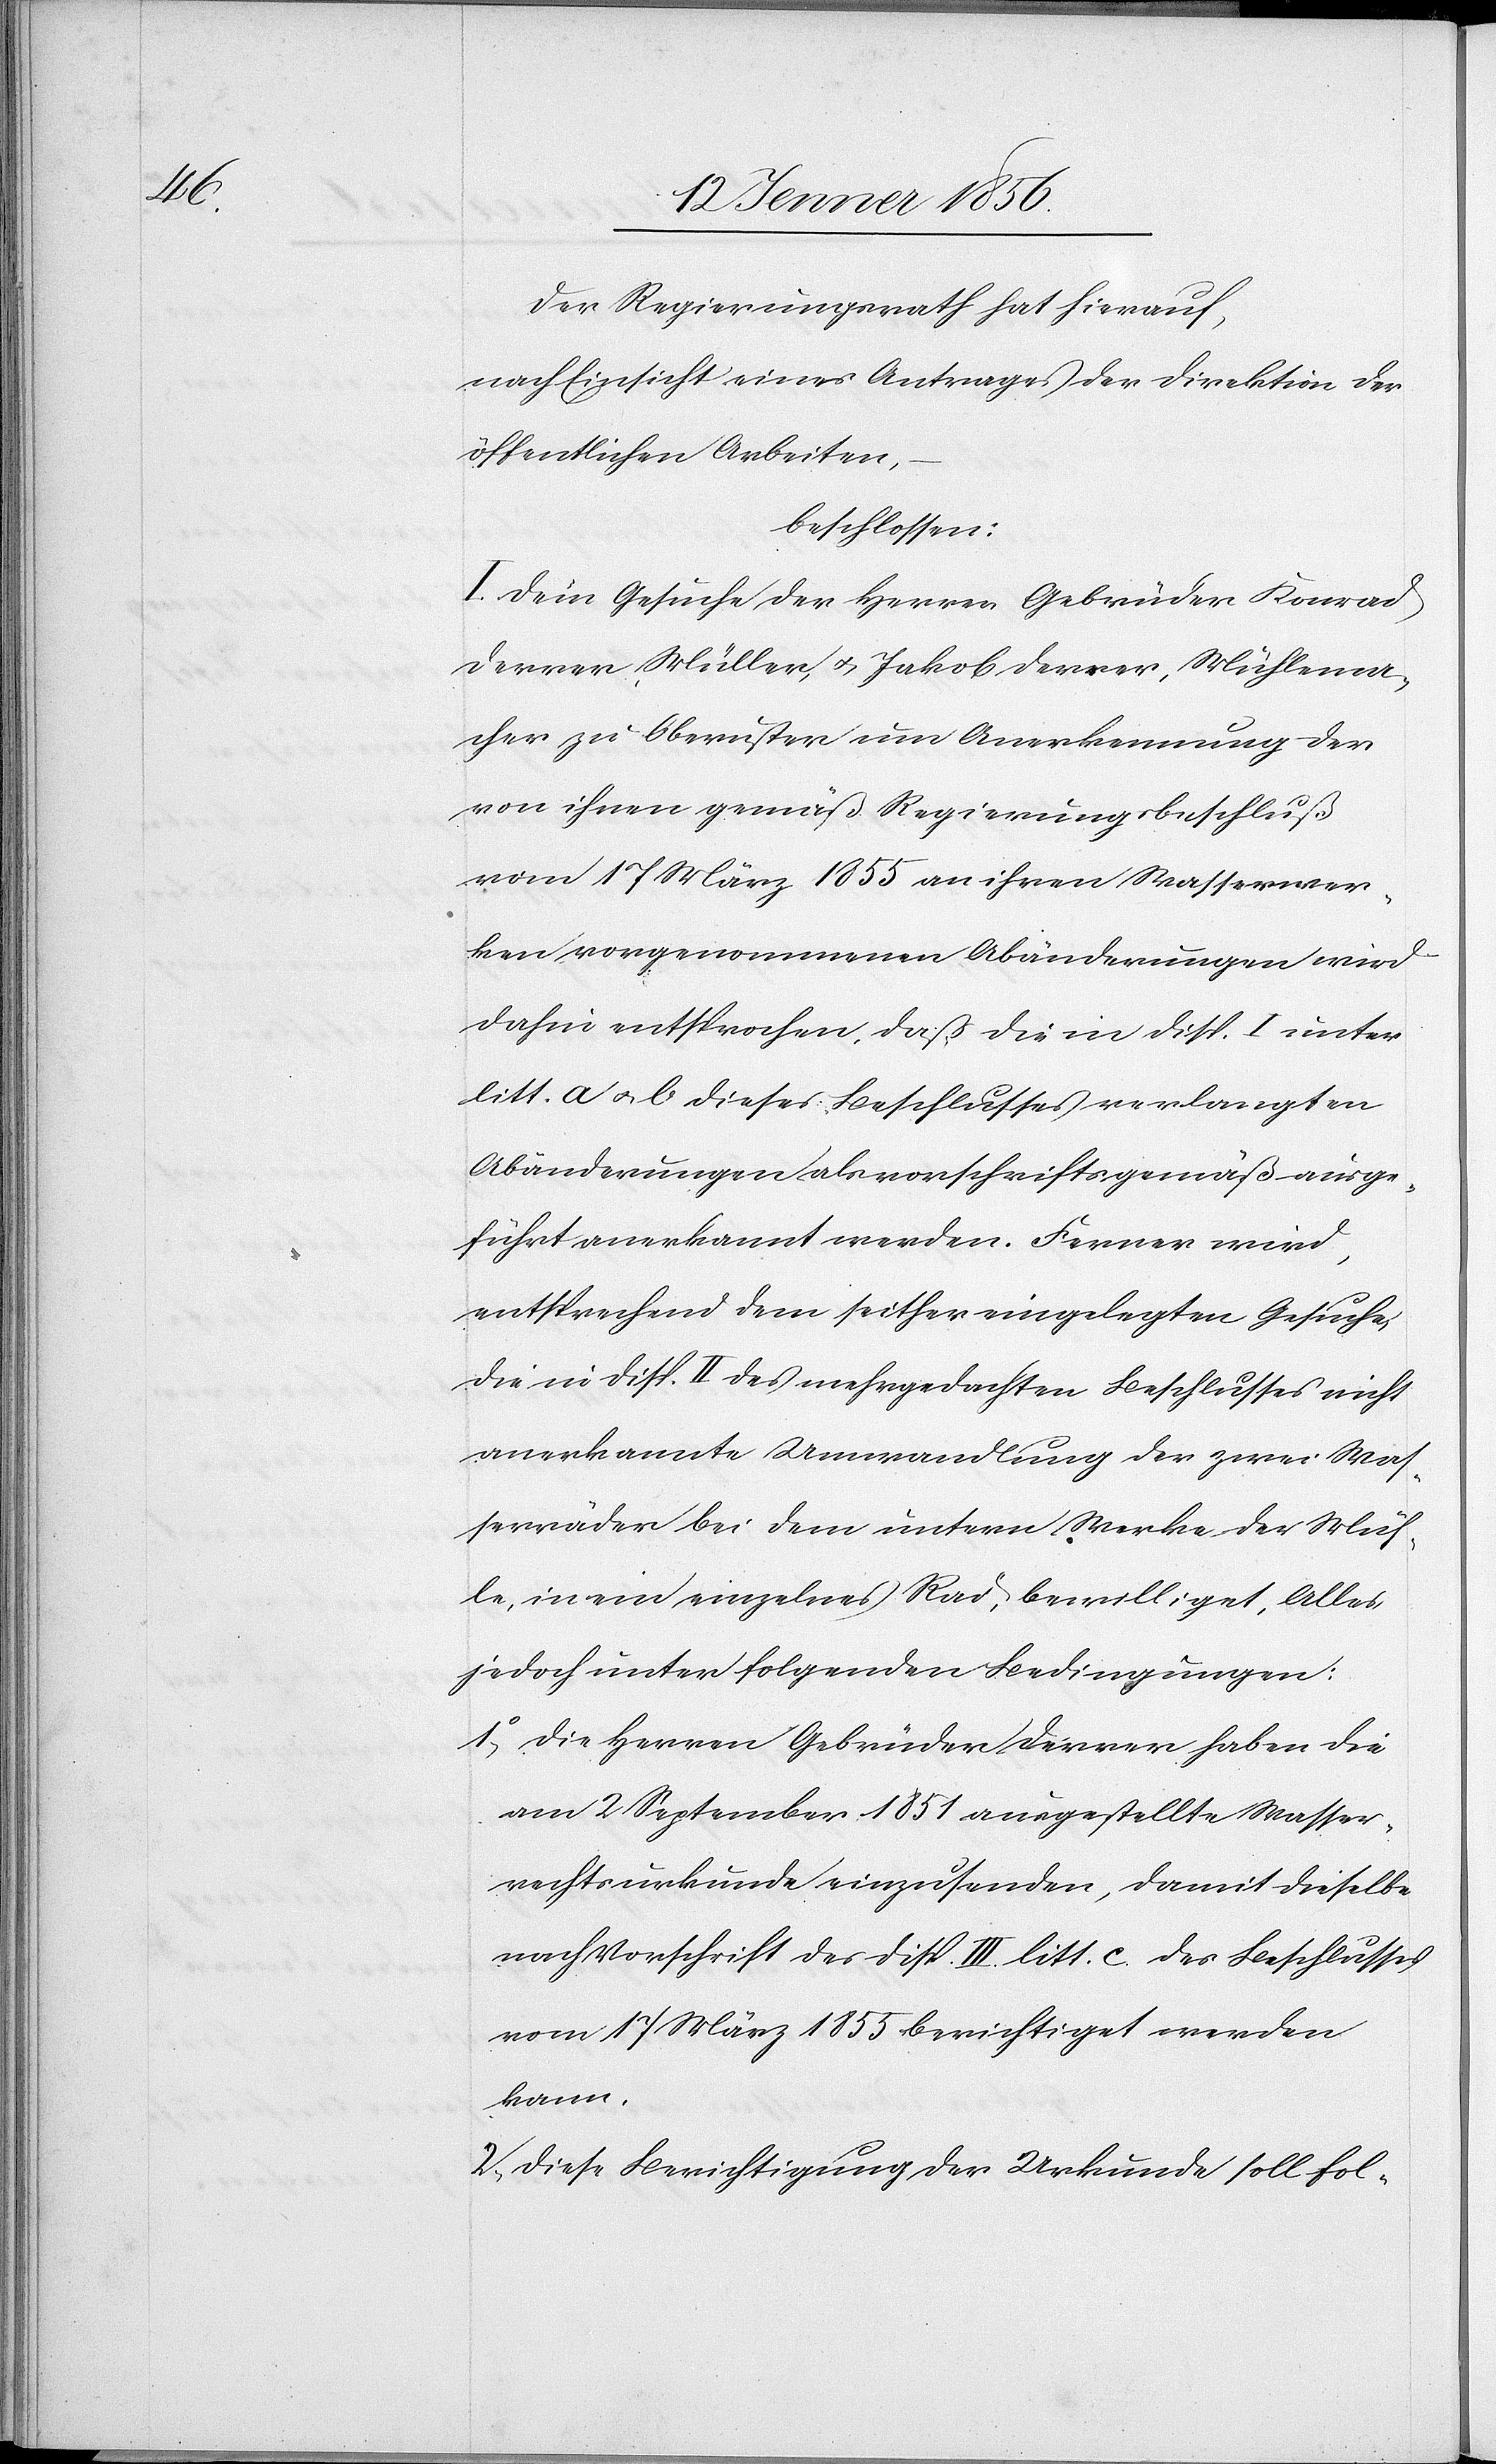
Der Regierungsrath hat hierauf,
nach Einsicht eines Antrages der Direktion der
öffentlichen Arbeiten,
beschlossen:
I. Dem Gesuche der Herren Gebrüder Konrad
Derrer, Müller, u. Jakob Derrer, Mühlema¬
cher zu Oberuster um Anerkennung der
von ihnen gemäß Regierungsbeschluß
vom 17 März 1855 an ihren Wasserwer¬
ken vorgenommenen Abänderungen wird
dahin entsprochen, daß die in Disp. I unter
litt. a u. b. dieses Beschlusses verlangten
Abänderungen als vorschriftsgemäß ausge¬
führt anerkannt werden. Ferner wird,
entsprechend dem seither eingelegten Gesuche,
die in Disp. II des mehrgedachten Beschlusses nicht
anerkannte Umwandlung der zwei Was¬
serräder bei dem untern Werke der Müh¬
le, in ein einzelnes Rad, bewilliget, Alles
jedoch unter folgenden Bedingungen:
1o, Die Herren Gebrüder Derrer haben die
am 2 September 1851 ausgestellte Wasser¬
rechtsurkunde einzusenden, damit dieselbe
nach Vorschrift des Disp. III. litt. c. des Beschlusses
vom 17 März 1855 berichtiget werden
kann.
2, Diese Berichtigung der Urkunde soll fol-